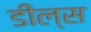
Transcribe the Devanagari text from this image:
डील्स